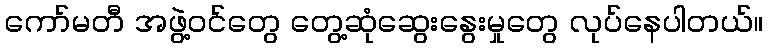
ကော်မတီ အဖွဲ့ဝင်တွေ တွေ့ဆုံဆွေးနွေးမှုတွေ လုပ်နေပါတယ်။